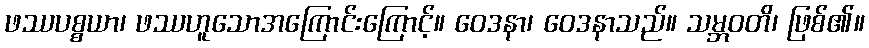
ဖဿပစ္စယာ၊ ဖဿဟူသောအကြောင်းကြောင့်။ ဝေဒနာ၊ ဝေဒနာသည်။ သမ္ဘဝတိ၊ ဖြစ်၏။